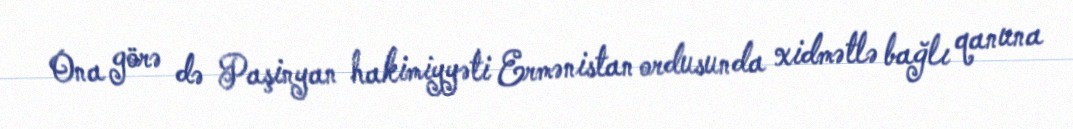
Ona görə də Paşinyan hakimiyyəti Ermənistan ordusunda xidmətlə bağlı qanuna